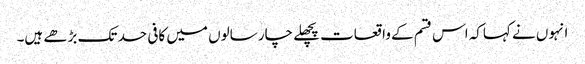
انہوں نے کہاکہ اس قسم کے واقعات پچھلے چار سالوں میں کافی حد تک بڑھے ہیں۔